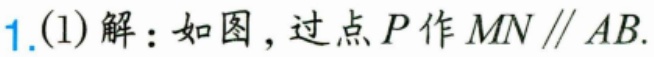
1.(1)解：如图，过点\(P\)作\(MN\parallel AB\).